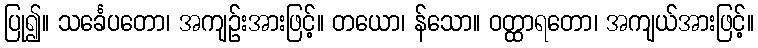
ပြု၍။ သင်္ခေပတော၊ အကျဉ်းအားဖြင့်။ တယော၊ န်သော။ ဝတ္ထာရတော၊ အကျယ်အားဖြင့်။